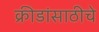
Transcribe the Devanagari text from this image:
क्रीडांसाठीचे